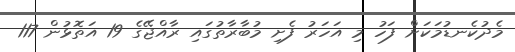
މެދުކެނޑުމަކަށް ފަހު މި އަހަރު ފެށި މުބާރާތުގައި ރާއްޖޭގެ 19 އަތޮޅުން 117